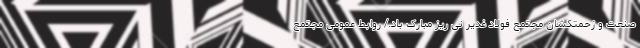
صنعت و زحمتکشان مجتمع فولاد غدیر نی ریز مبارک باد./ روابط عمومی مجتمع